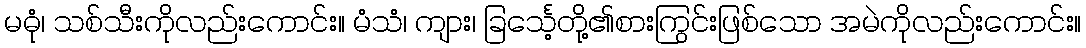
မဓုံ၊ သစ်သီးကိုလည်းကောင်း။ မံသံ၊ ကျား၊ ခြင်္သေ့တို့၏စားကြွင်းဖြစ်သော အမဲကိုလည်းကောင်း။